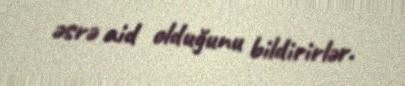
əsrə aid olduğunu bildirirlər.